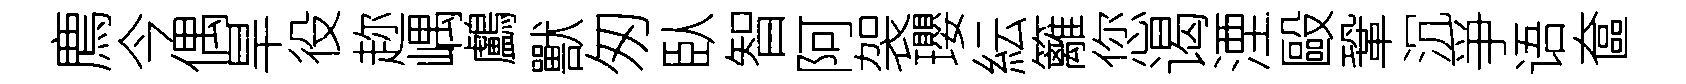
廌今偶旱役趂嵎鸕獸匆臥智阿袈瓔紜籬您谒湮毆鞏沉爭语奩